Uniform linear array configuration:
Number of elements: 32
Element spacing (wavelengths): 0.5
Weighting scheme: uniform
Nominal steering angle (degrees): -60
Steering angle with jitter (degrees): -58.158
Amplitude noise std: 0.05
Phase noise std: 0.05

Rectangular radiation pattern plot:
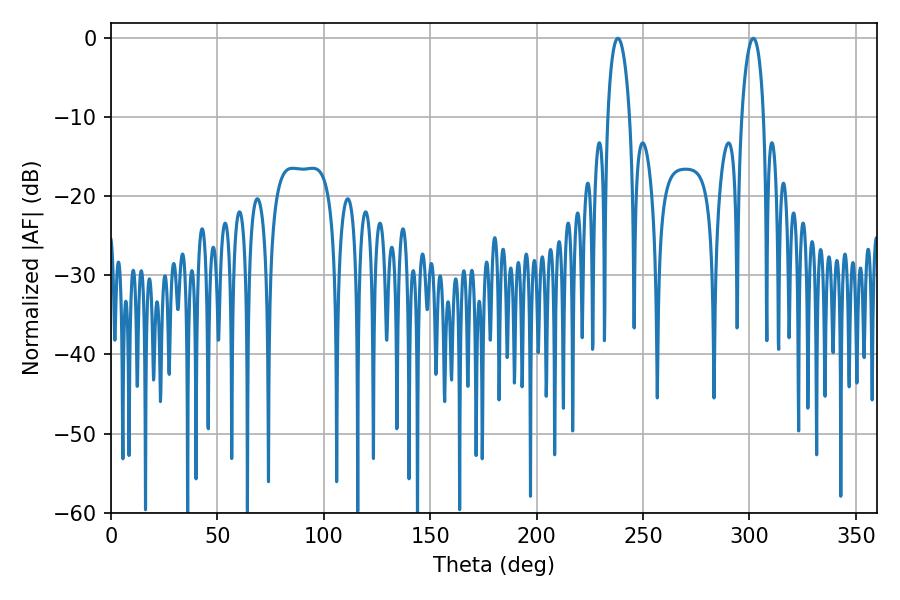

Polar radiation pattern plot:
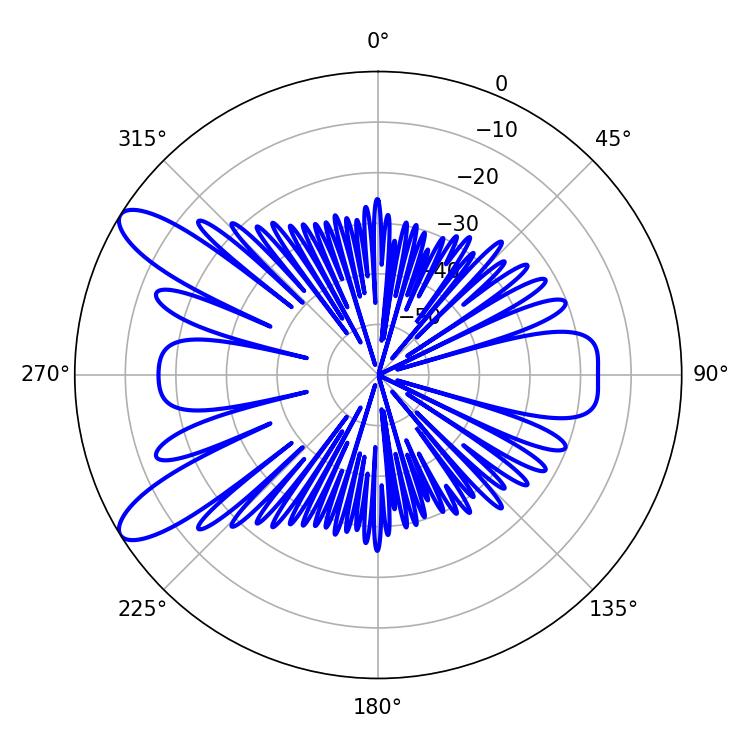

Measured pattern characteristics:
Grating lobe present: FALSE
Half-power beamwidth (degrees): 5.76
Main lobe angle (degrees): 238.14